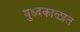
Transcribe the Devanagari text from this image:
युध्दकाळात